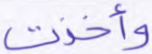
وأخذت